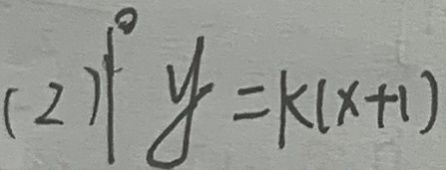
( 2 ) 1 ^ { \circ } y = k ( x + 1 )